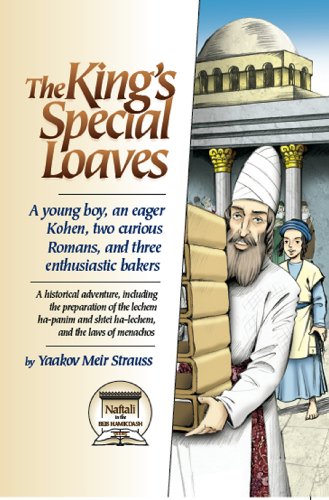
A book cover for The King's Special Loaves; Yaakov Meir Strauss; Teen & Young Adult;